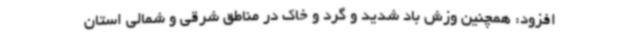
افزود: همچنین وزش باد شدید و گرد و خاک در مناطق شرقی و شمالی استان